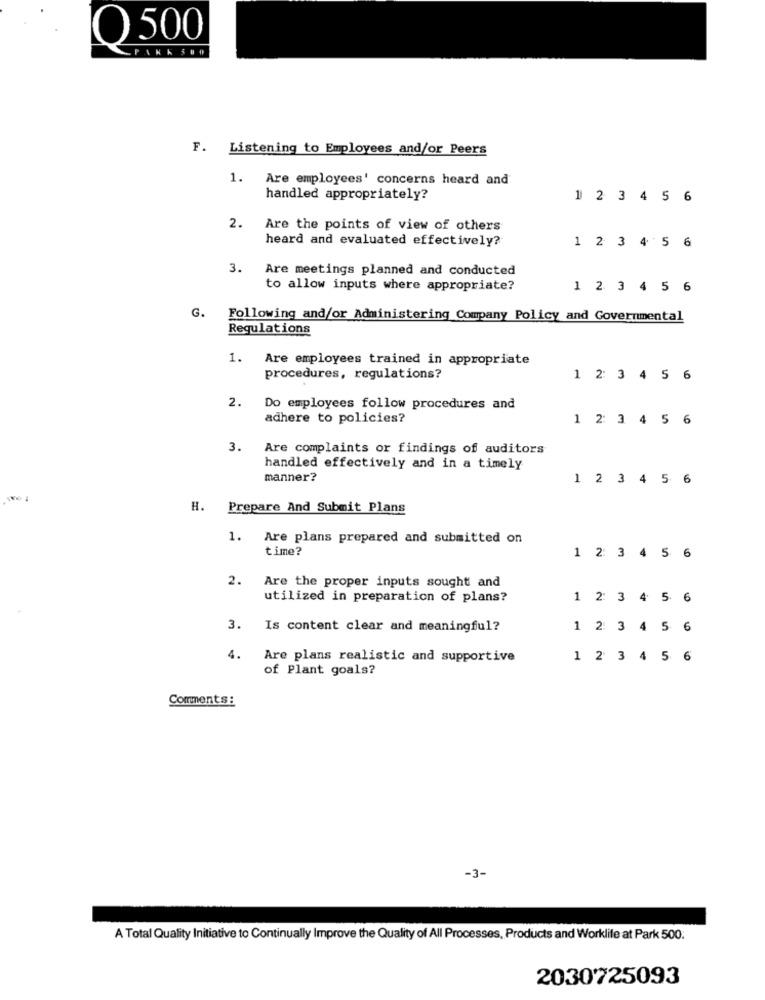
O 500
PARKS##
F. Listening to Employees and/or Peers
1. Are employees' concerns heard and
handled appropriately?
1 2 3 4 5 6
2.
Are the points of view of others
heard and evaluated effectively?
1 2 3 4 5 6
3.
Are meetings planned and conducted
to allow inputs where appropriate?
1 2 3 4 5 6
G. Following and/or Administering Company Policy and Governmental
Regulations
1.
Are employees trained in appropriate
procedures, regulations?
1 2 3 4 5 6
2. Do employees follow procedures and
adhere to policies?
1 2 3 4 5 6
3.
Are complaints or findings of auditors
handled effectively and in a timely
manner?
1 2 3 4 5
H. Prepare And Submit Plans
1. Are plans prepared and submitted on
time?
1 2 3 4 5 6
2.
Are the proper inputs sought and
utilized in preparation of plans?
1 2: 3 4 5 6
3.
Is content clear and meaningful?
1 2 3 4 5 6
4.
Are plans realistic and supportive
1 2 3 4 5 6
of Plant goals?
Comments :
-3-
A Total Quality Initiative to Continually Improve the Quality of All Processes, Products and Worklife at Park 500.
2030725093